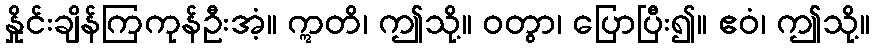
နှိုင်းချိန်ကြကုန်ဦးအံ့။ ဣတိ၊ ဤသို့။ ဝတွာ၊ ပြောပြီး၍။ ဧဝံ၊ ဤသို့။